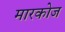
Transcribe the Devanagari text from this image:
मारकोज